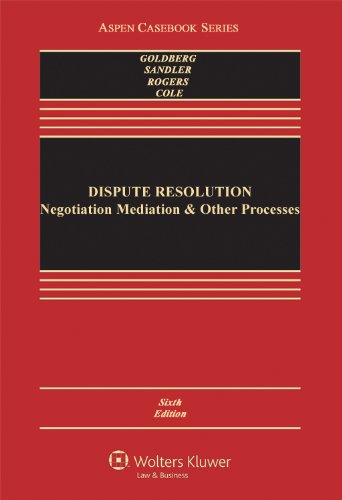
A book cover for Dispute Resolution: Negotiation Mediation & Other Processes, Sixth Edition (Aspen Casebook); Stephen B. Goldberg; Law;